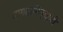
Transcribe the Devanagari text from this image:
दागदागिन्याची